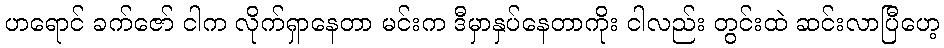
ဟရောင် ခက်ဇော် ငါက လိုက်ရှာနေတာ မင်းက ဒီမှာနှပ်နေတာကိုး ငါလည်း တွင်းထဲ ဆင်းလာပြီဟေ့